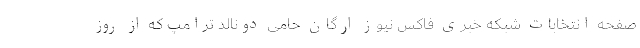
صفحه انتخابات شبکه خبری فاکس نیوز ارگان حامی دونالد ترامپ که از روز